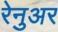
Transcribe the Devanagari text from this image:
रेनुअर